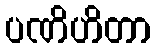
ပဏိဟိတာ